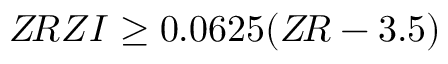
Z \! R Z I \ge 0 . 0 6 2 5 ( Z \! R - 3 . 5 )